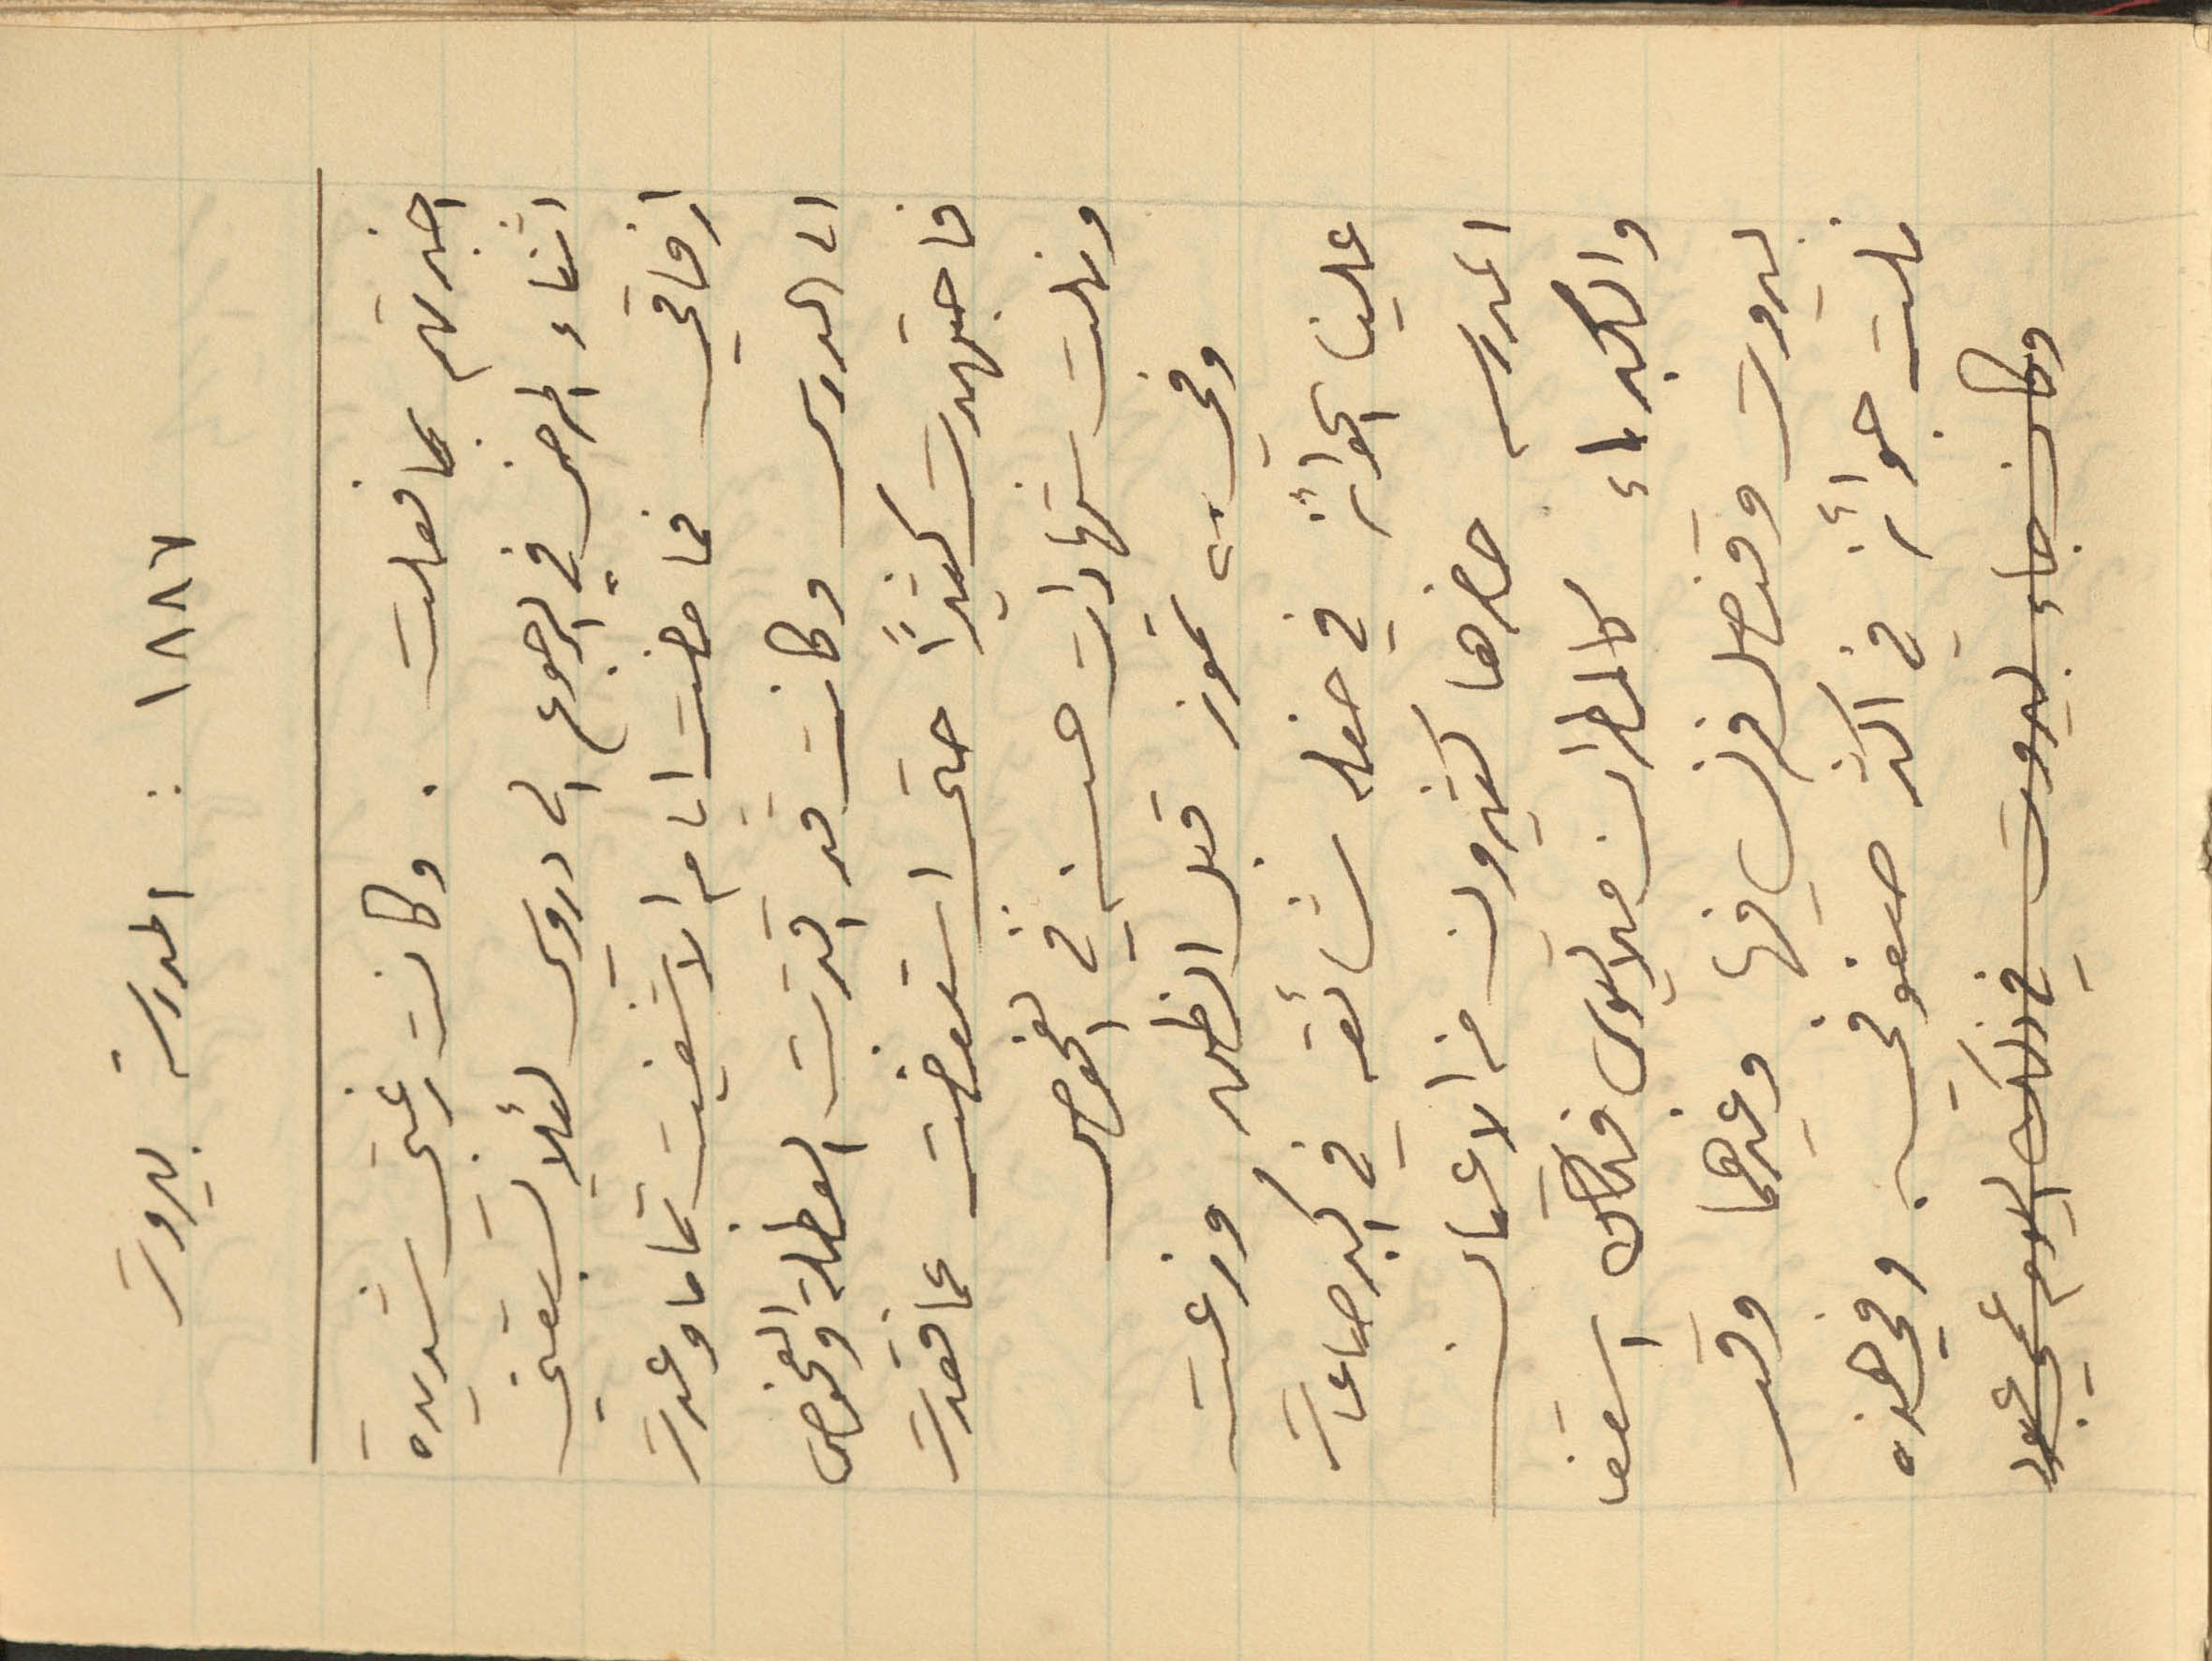
١٨٨٧ : المدرسة بيروت
اخبرتهم بما فعلت. وكانت رغبتي شديده
اثناء المرض في الرجوع الى دروسي لئلا يسبقني
ارفاقي فما مضت ايام الا شفيت تماما وعدت
الى الدرس وكانت قد اقتربت العطلة والفحوص
فاجتهدت كثيراً حتى استعضت عما فقدت
ونلت شهادات حسنه في الفحوص
وفي ٢٨ تموز قبل الظهر وزعت
المدرسه حضرها كثيرون من الاعيان
والكبراء كالمطران ملاتيوس فكان اسقف
بيروت وقنصل فرنسا فيها وغيرهما وقد
نلت جوائز في اكثر صفوفي. وفي هذه
علينا الجوائز في حفله شائعه في اكبر صاعات